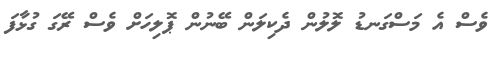
ވެސް އެ މަސްގަނޑު ލޮލުން ދެކިލަން ބޭނުން ޕޮލިހަށް ވެސް ރޭގަ ގުޅާފަ